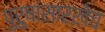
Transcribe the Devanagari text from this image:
पुरुषांसारखेच